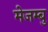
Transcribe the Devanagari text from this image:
मेजम्बु